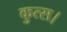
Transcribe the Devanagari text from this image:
कुत्स।